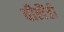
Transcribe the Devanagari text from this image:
वीलैंडी